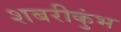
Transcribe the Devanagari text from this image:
शबरीकुंभ